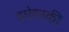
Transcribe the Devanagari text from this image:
हा॓लस्की